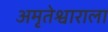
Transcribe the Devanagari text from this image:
अमृतेश्वाराला